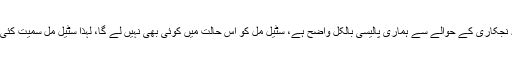
ایک اور سوال کے جواب میں انہوں نے کہا کہ نجکاری کے حوالے سے ہماری پالیسی بالکل واضح ہے، سٹیل مل کو اس حالت میں کوئی بھی نہیں لے گا، لہٰذا سٹیل مل سمیت کئی اداروں کی ری سٹرکچرنگ کی ضرورت ہے۔